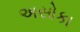
અસોકા